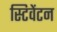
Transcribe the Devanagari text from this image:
स्टिवेंटन